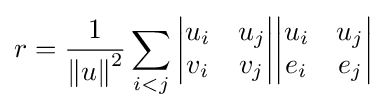
r={\frac {1}{{\Vert {u}\Vert }^{2}}}\sum _{i<j}{\begin{vmatrix}u_{i}&u_{j}\\v_{i}&v_{j}\end{vmatrix}}{\begin{vmatrix}u_{i}&u_{j}\\e_{i}&e_{j}\end{vmatrix}}